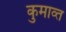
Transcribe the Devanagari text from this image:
कुमाव्त